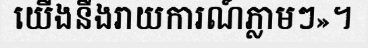
យើងនឹងរាយការណ៍ភ្លាមៗ»។